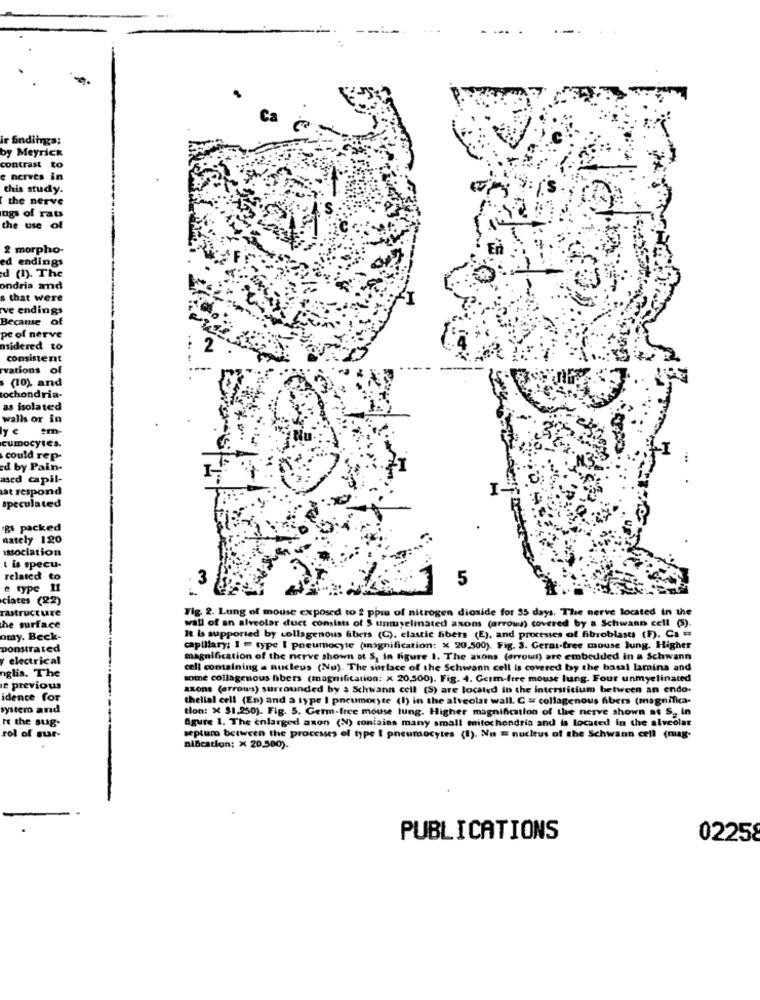
Ca
ir findings;
by Meyrick
contrast
e nerves in
this study.
the nerve
ogs of rats
the use of
2 morpho-
ed endings
d (1). The
ondria and
s that were
ve endings
Became of
pe of nerve
nsidered to
consistent
vations of
(10), and
tochondria.
as isolated
walls or in
ye
cumocytes.
could rep-
ed by Pain-
ased capil-
at respond
I-
speculated
gl packed
nately 120
association
& is specu.
related to
3
5
e type 11
ciates (22)
rastructure
Fig. 2. Lung of mouse exposed to 2 ppru of nitrogen dioxide for 35 days. The nerve located in the
he surface
wall of an alveolar duct consists of $ unuyelinated asons (arrows) covered by a Schwann cell (5).
omy. Beck-
It Is supported by collagenous fibers (C), elastic fibers (E), and processes of fibroblasts (F). Ca =
ponstrated
capillary: 1 = type I pneumocyte (signification: x 20,500). Fig. 3. Geral-free mouse Jung, Higher
electrical
magnification of the nerve shown ot S, In figure 1. The axons (arrows) are embedded in a Schwann
nglia. The
cell containing a nucleus (Nu). The surface of the Schwann cell is covered by the basal lamina and
some collagenous fibers (magnification: X 20,500). Fig. 4. Germ-free mouse lung. Four unmyelinated
le previous
axons (orrous) surrounded by a Schwann cell (S) are located in the interstitium between an endo.
idence for
thelial cell (En) and a type I pneumoryte (1) in the alveolar wall. C = collagenous Abers (magnifica-
syster and
tion: X $1.250). Fig. 5. Germ-free mouse lung. Higher magnification of the nerve shown as S, in
" the sug.
Agure 1. The enlarged axon (N) contains many small mitochondria and is located in the alveolar
rol of sur-
septum between the processes of type I pneumocytes (I). Nu E nucleus of the Schwann cell (mag-
nincstion: x 20,500).
PUBLICATIONS
02258